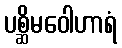
ပစ္ဆိမဝေါဟာရံ